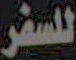
للسفر